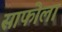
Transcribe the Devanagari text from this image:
साफोला